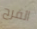
الفرح